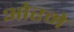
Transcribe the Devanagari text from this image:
ओरमे